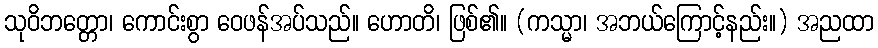
သုဝိဘတ္တော၊ ကောင်းစွာ ဝေဖန်အပ်သည်။ ဟောတိ၊ ဖြစ်၏။ (ကသ္မာ၊ အဘယ်ကြောင့်နည်း။) အညထာ